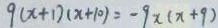
9 ( x + 1 ) ( x + 1 0 ) = - 9 x ( x + 9 )